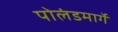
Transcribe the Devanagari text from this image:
पोलंडमार्गे